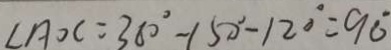
\angle A O C = 3 6 0 ^ { \circ } - 1 5 0 ^ { \circ } - 1 2 0 ^ { \circ } = 9 0 ^ { \circ }